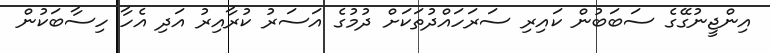
އިންޖީނުގޭގެ ސަބަބުން ކައިރި ސަރަހައްދުތަކަށް ދުމުގެ އަސަރު ކުރާއިރު އަދި އެހާ ހިސާބަކުން